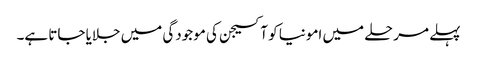
پہلے مرحلے میں امونیا کو آکسیجن کی موجودگی میں جلایا جاتا ہے۔